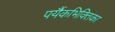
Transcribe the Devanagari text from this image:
पर्यैकभिक्तिका